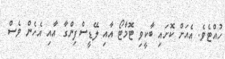
ހުއްޓެވެ. އެއަށް ކޮށައި ބާކީވި ޓޮމާޓޯ އާއި ލޭޑީސްފިންގާ އާއި އެހެން ވެސް